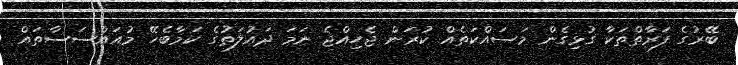
ބޭރުގެ ފަރާތްތަކާ ގުޅިގެން މަސައްކަތެއް ކުރަން ޖެހިއްޖެ ނަމަ ދައުލަތުގެ ކަމާބެހޭ މުއައްސަސާތައް